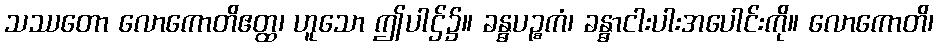
သဿတော လောကောတိဧတ္ထ၊ ဟူသော ဤပါဌ်၌။ ခန္ဓပဉ္စကံ၊ ခန္ဓာငါးပါးအပေါင်းကို။ လောကောတိ၊